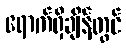
ရောက်ရှိချိန်တွင်